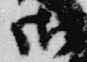
御